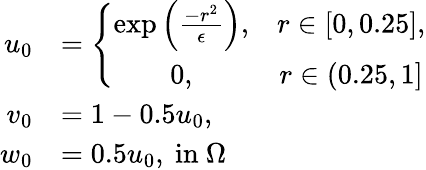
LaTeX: \begin{array}{rl}{u_{0}}&{=\left\{ \begin{array}{cc}{\exp{\left(\frac{-r^{2}}{\epsilon}\right)},}&{r\in[0,0.25],}\\ {0,}&{r\in(0.25,1]}\end{array}\right.}\\ {v_{0}}&{=1-0.5u_{0},}\\ {w_{0}}&{=0.5u_{0},\mathrm{~in~}\Omega}\end{array}